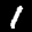
Label: 1